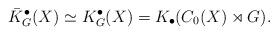
LaTeX: \begin{align*}\bar K^\bullet_G(X) \simeq K^\bullet_G(X) = K_\bullet(C_0(X) \rtimes G).\end{align*}